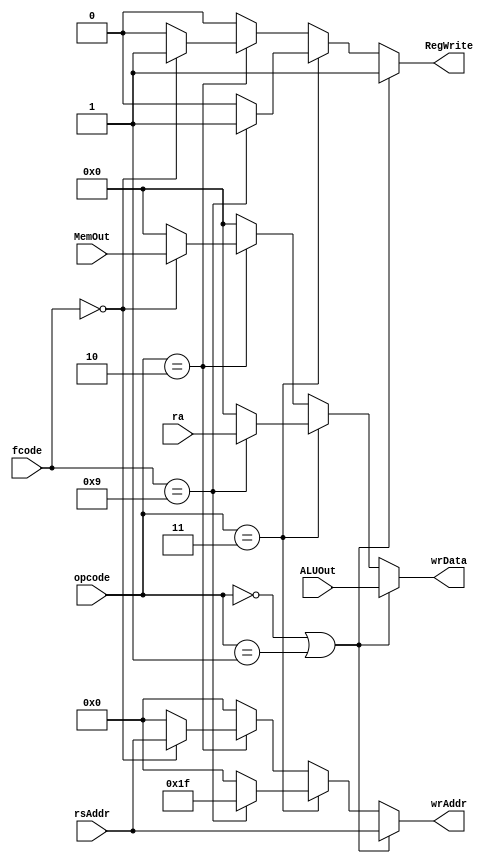
module writeAddress(
		input [2:0] opcode,
		input [3:0] fcode,
		input [4:0] rsAddr,
		input [31:0] ALUOut,
		input [31:0] ra,
		input [31:0] MemOut,
		output reg [4:0] wrAddr,
		output reg RegWrite,
		output reg [31:0] wrData
    );

always @(*)
	begin
		if(opcode==3'b000 | opcode==3'b001)     //if Arithmetic or shift or immediate operation
			begin
			RegWrite<=1;
			wrAddr<=rsAddr;
			wrData<=ALUOut;     //ALUOut needs to be written in rsAddr
			end
		else if(opcode==3'd3)    //if branch instruction
			begin
			if(fcode==4'd9)        //ra needs to be written at raAddr
				begin
				RegWrite<=1;
				wrAddr<=5'b11111;
				wrData<=ra;
				end
			else
				begin              //otherwise nothing to be written
					RegWrite<=0;
					wrAddr<=0;
					wrData<=0;
				end
			end
		else if(opcode==3'd2)    //if load word
			begin
				if(fcode==4'd0)
					begin
					RegWrite<=1;
					wrAddr<=rsAddr;
					wrData<=MemOut;      //MemOut to be written at rsAddr
					end
				else 
					begin
						RegWrite<=0;    //otherwise nothing
						wrAddr<=0;
						wrData<=0;
					end
			end
		else 
		begin
			RegWrite<=0;        //otherwise nothing
			wrAddr<=0;
			wrData<=0;
		end
	end
endmodule